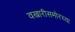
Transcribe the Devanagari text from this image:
वखारीसमोरच्या